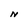
Character: N